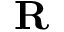
\textbf { R }